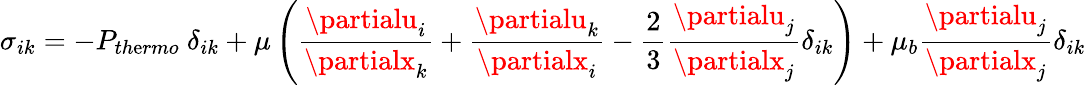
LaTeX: \sigma_{ik}=-P_{th\mathrm{e}rmo}~\delta_{ik}+\mu\displaystyle\left(\frac{{\partialu_{i}}}{{\partialx_{k}}}+\frac{{\partialu_{k}}}{{\partialx_{i}}}-\frac{{2}}{{3}}\frac{{\partialu_{j}}}{{\partialx_{j}}}\delta_{ik}\right)+\mu_{b}\frac{{\partialu_{j}}}{{\partialx_{j}}}\delta_{ik}